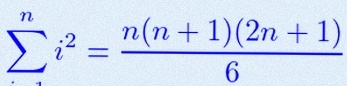
\sum_{i=1}^{n}i^2=\frac{n(n+1)(2n+1)}6